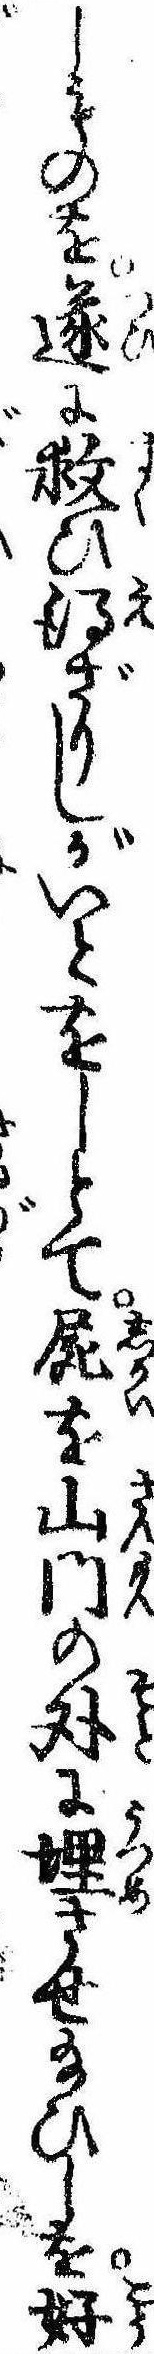
しものを遂に救ひ得ざりしがいとをしとて屍を山門の外に埋させ給ひしを好